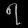
Digit: ၇